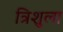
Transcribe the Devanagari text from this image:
त्रिशुला